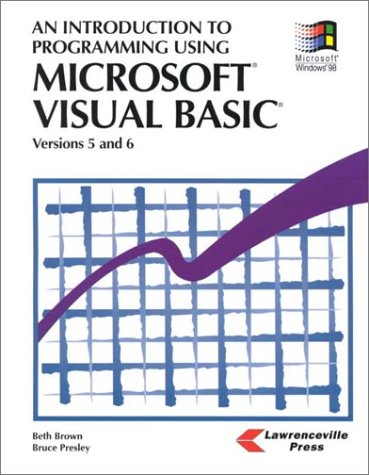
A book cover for An Introduction to Programming Using Microsoft Visual Basic: Versions 5 and 6; Beth Brown; Teen & Young Adult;